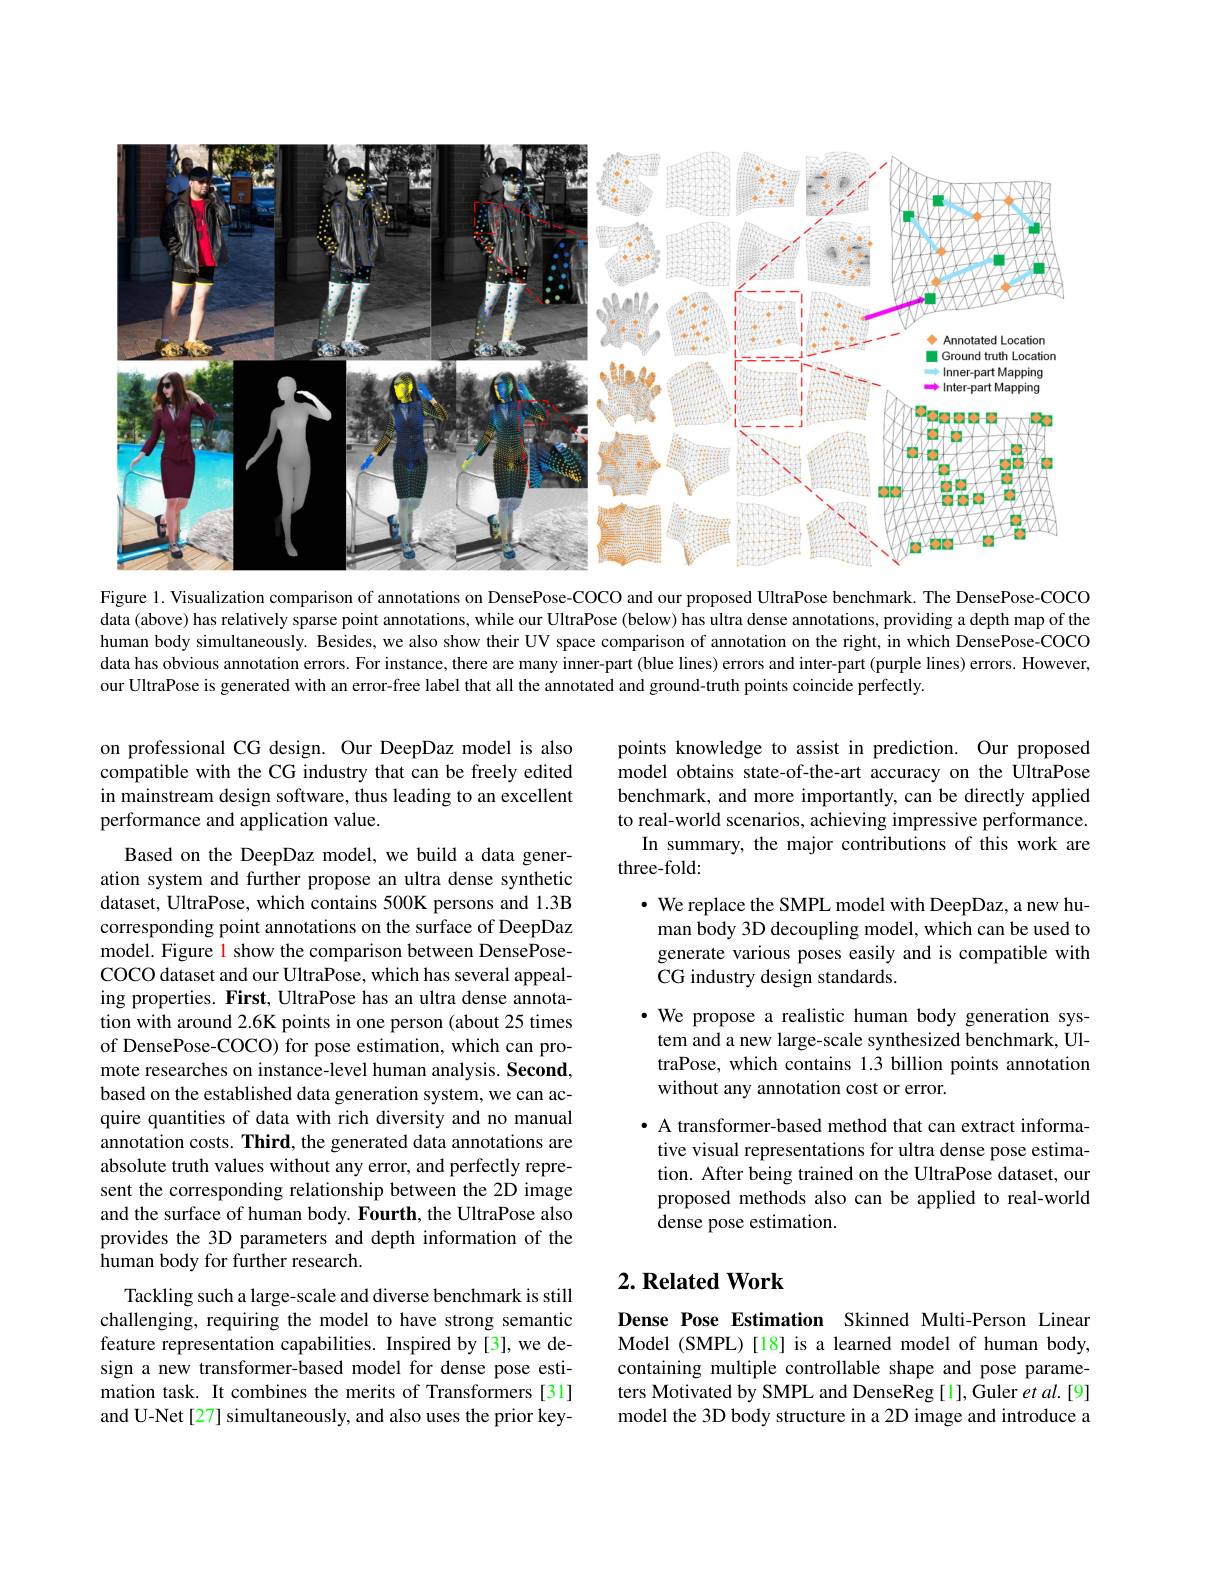
<FigureHere>
Figure 1. Visualization comparison of annotations on DensePose-COCO and our proposed UltraPose benchmark. The DensePose-COCO

data (above) has relatively sparse point annotations, while our UltraPose (below) has ultra dense annotations, providing a depth map of the human body simultaneously. Besides, we also show their UV space comparison of annotation on the right, in which DensePose-COCO data has obvious annotation errors. For instance, there are many inner-part (blue lines) errors and inter-part (purple lines) errors. However, our UltraPose is generated with an error-free label that all the annotated and ground-truth points coincide perfectly.

on professional CG design. Our DeepDaz model is also compatible with the CG industry that can be freely edited in mainstream design software, thus leading to an excellent performance and application value.

points knowledge to assist in prediction. Our proposed model obtains state-of-the-art accuracy on the UltraPose benchmark, and more importantly, can be directly applied to real-world scenarios, achieving impressive performance.
In summary, the major contributions of this work are
three-fold:

$\bullet$ We replace the SMPL model with DeepDaz, a new human body 3D decoupling model, which can be used to generate various poses easily and is compatible with CG industry design standards.

$\cdot$ We propose a realistic human body generation system and a new large-scale synthesized benchmark, UltraPose, which contains 1.3 billion points annotation without any annotation cost or error.

Based on the DeepDaz model, we build a data generation system and further propose an ultra dense synthetic dataset, UltraPose, which contains 500K persons and 1.3B corresponding point annotations on the surface of DeepDaz model. Figure 1 show the comparison between DensePoseCOCO dataset and our UltraPose, which has several appealing properties. First, UltraPose has an ultra dense annotation with around 2.6K points in one person (about 25 times of DensePose-COCO) for pose estimation, which can promote researches on instance-level human analysis. Second, based on the established data generation system, we can acquire quantities of data with rich diversity and no manual annotation costs. Third, the generated data annotations are absolute truth values without any error, and perfectly represent the corresponding relationship between the 2D image and the surface of human body. Fourth, the UltraPose also provides the 3D parameters and depth information of the human body for further research.
Tackling such a large-scale and diverse benchmark is still challenging, requiring the model to have strong semantic feature representation capabilities. Inspired by[3], we design a new transformer-based model for dense pose estimation task. It combines the merits of Transformers [31] and U-Net[27] simultaneously, and also uses the prior key-

$\bullet$ A transformer-based method that can extract informative visual representations for ultra dense pose estimation. After being trained on the UltraPose dataset, our proposed methods also can be applied to real-world dense pose estimation.

## $2. \textbf{Related Work}$

Dense Pose Estimation Skinned Multi-Person Linear Model (SMPL)[18] is a learned model of human body, containing multiple controllable shape and pose parameters Motivated by SMPL and DenseReg [1],Guler et al.[9] model the 3D body structure in a 2D image and introduce a